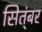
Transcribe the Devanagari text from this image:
सित्ंबर